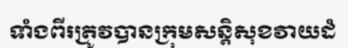
ទាំងពីរត្រូវបានក្រុមសន្តិសុខវាយដំ